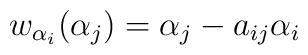
w_{\alpha_{i}}(\alpha_{j})= \alpha_{j}-a_{ij}\alpha_{i}